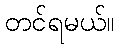
တင်ရမယ်။